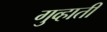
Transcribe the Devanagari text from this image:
गुव्हाती